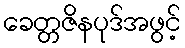
ခေတ္တဇိနပုဒ်အဖွင့်